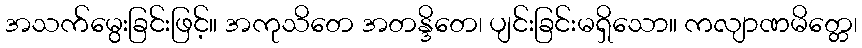
အသက်မွေးခြင်းဖြင့်။ အကုသိတေ အတန္ဒိတေ၊ ပျင်းခြင်းမရှိသော။ ကလျာဏမိတ္တေ၊